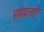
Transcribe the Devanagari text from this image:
सांप्रतही